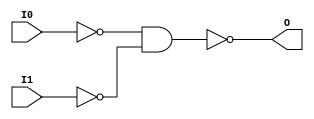
module NAND2B2 (O, I0, I1);

    output O;

    input  I0, I1;

    wire i0_inv;
    wire i1_inv;

    not N1 (i1_inv, I1);
    not N0 (i0_inv, I0);
    nand A1 (O, i0_inv, i1_inv);


endmodule